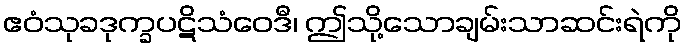
ဧဝံသုခဒုက္ခပဋိသံဝေဒီ၊ ဤသို့သောချမ်းသာဆင်းရဲကို